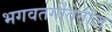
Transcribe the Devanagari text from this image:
भगवतगीतेतील